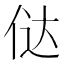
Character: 𠉂